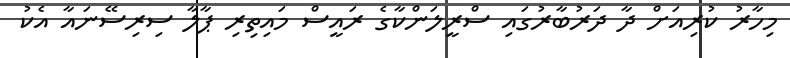
މިހާރު ކުރިއަށް ދާ ދަރުބާރުގައި ސްރީލަންކާގެ ރައީސް މައިތިރި ޕާލާ ސިރިސޭނައާ އެކު